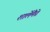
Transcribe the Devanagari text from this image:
शार्लेमैग्ने